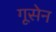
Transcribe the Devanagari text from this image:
गूसेन